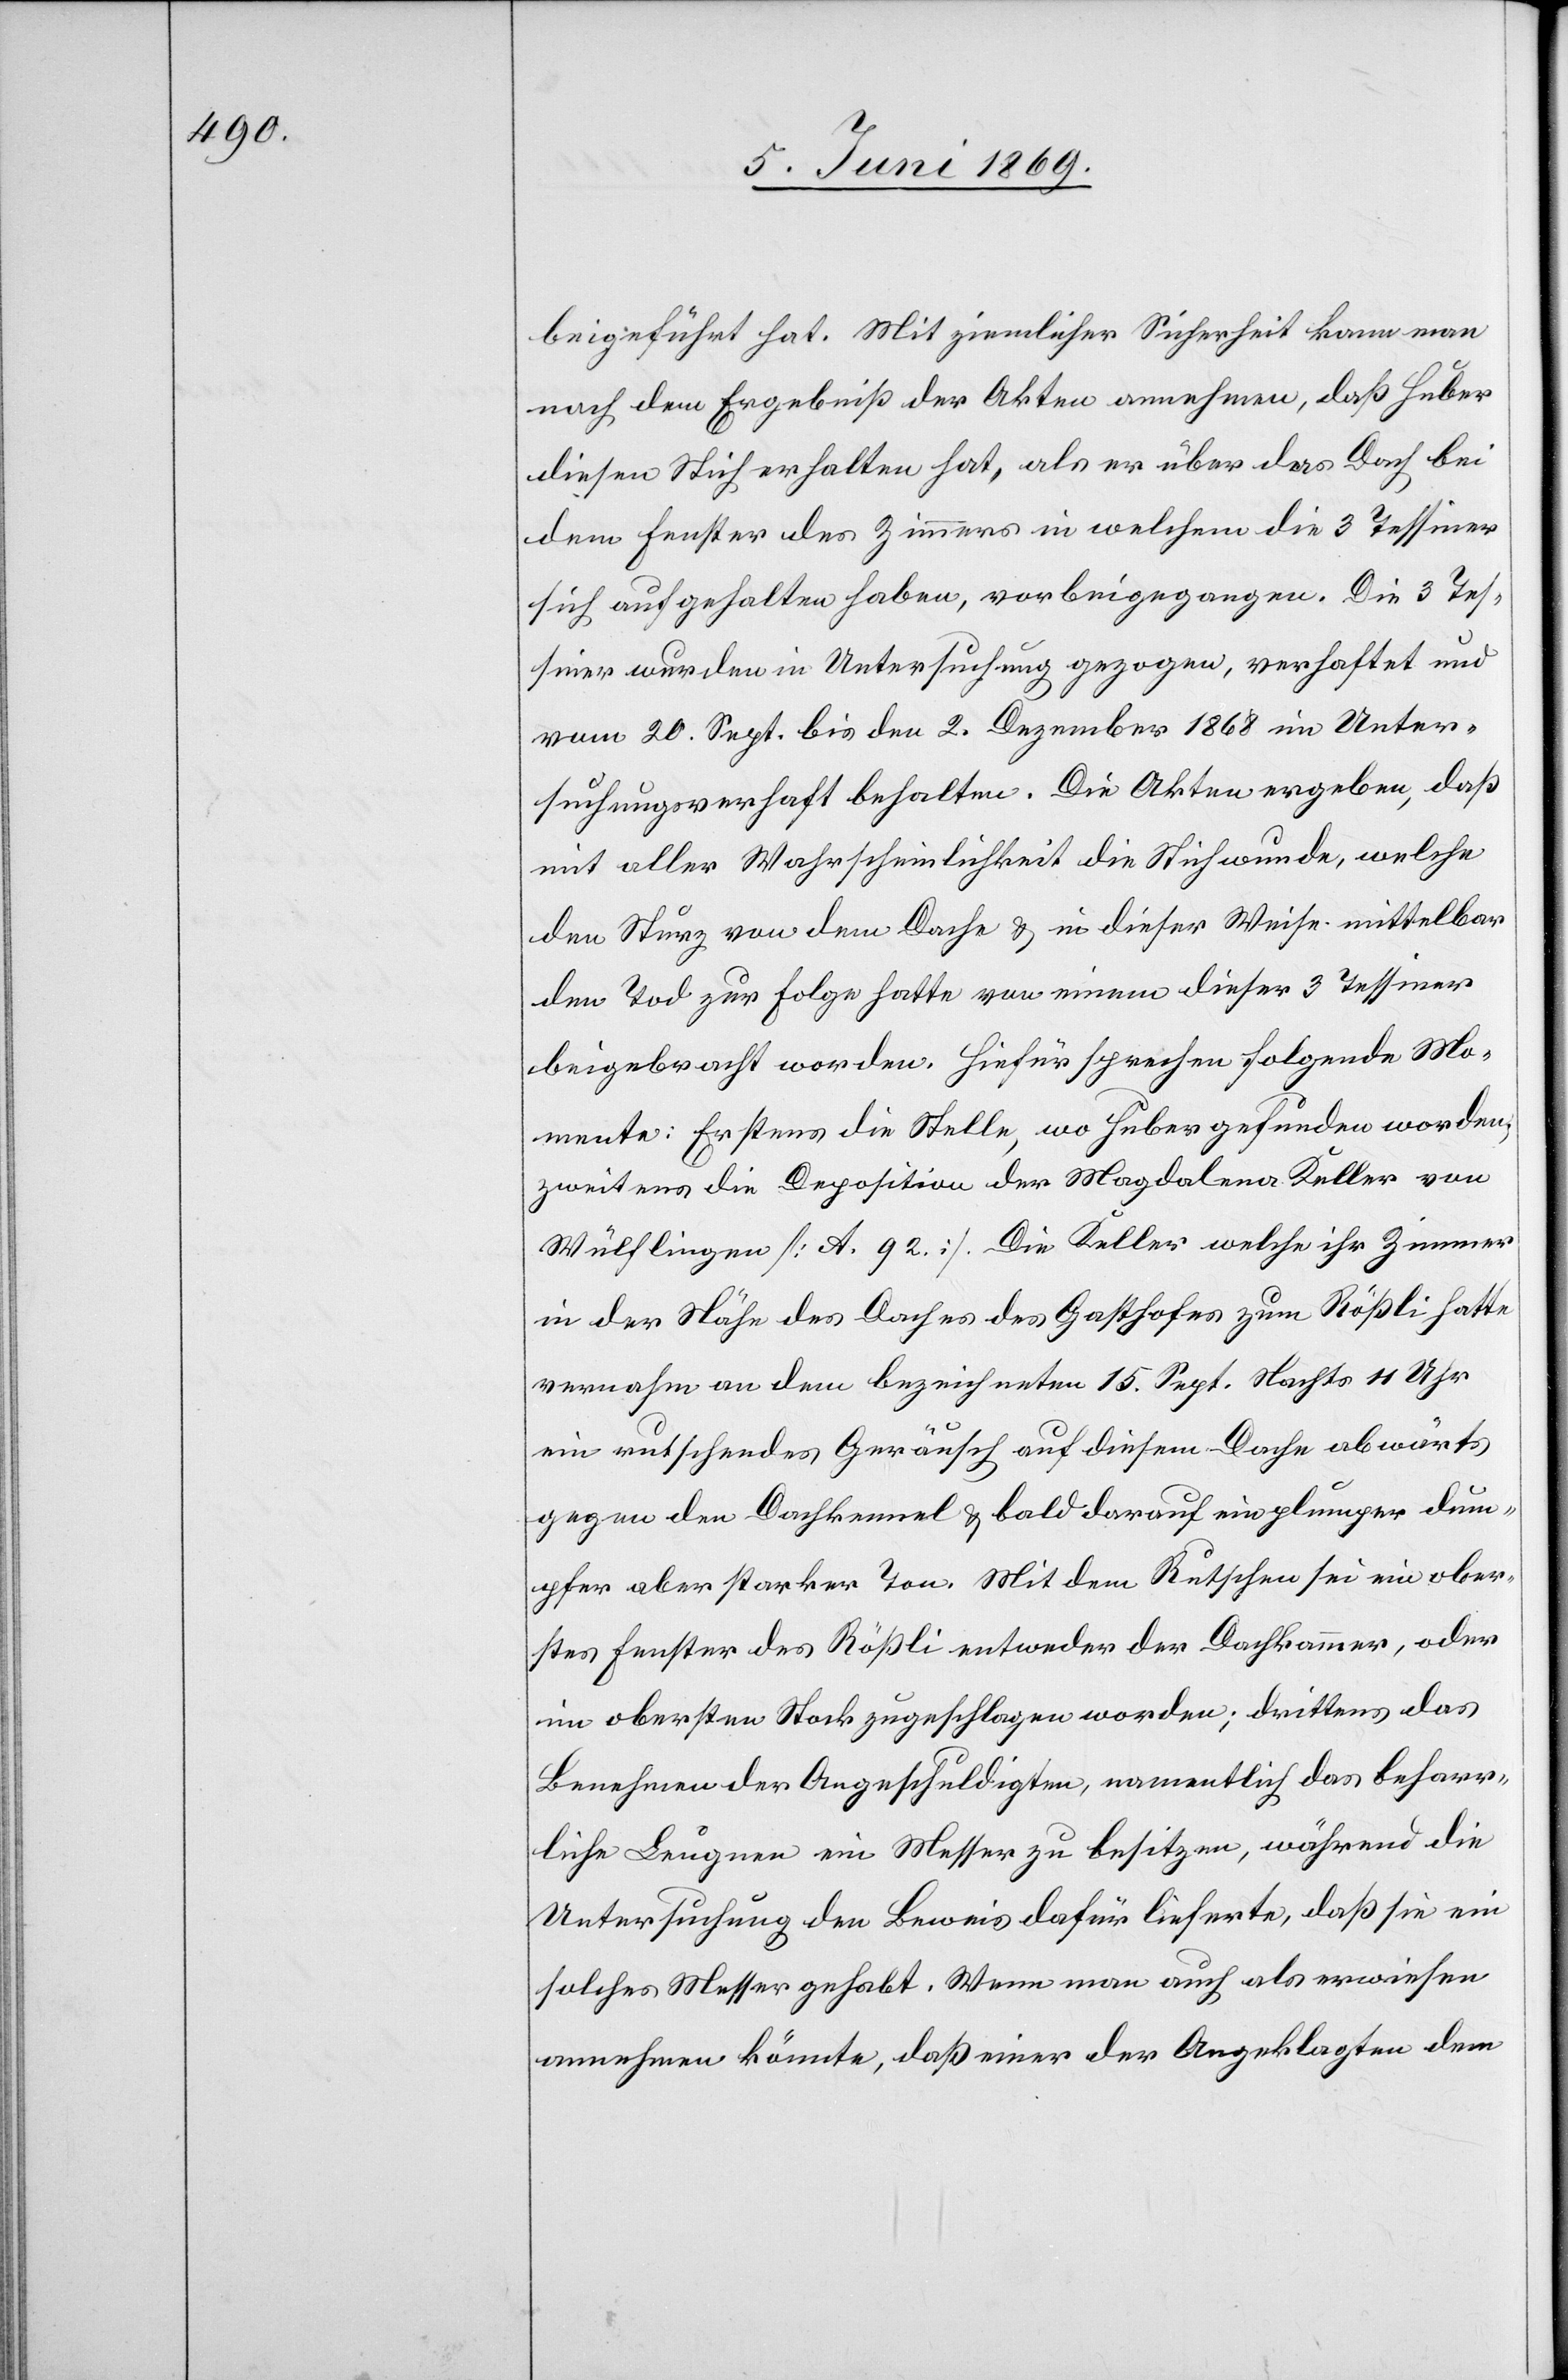
beigeführt hat. Mit ziemlicher Sicherheit kann man
nach dem Ergebniß der Akten annehmen, daß Huber
diesen Stich erhalten hat, als er über das Dach bei
dem Fenster des Zimmers in welchem die 3 Tessiner
sich aufgehalten haben, vorbeigegangen. Die 3 Tes¬
siner wurden in Untersuchung gezogen, verhaftet und
vom 20 Sept. bis den 2 Dezember 1868 im Unter¬
suchungsverhaft behalten. Die Akten ergeben, daß
mit aller Wahrscheinlichkeit die Stichwunde, welche
den Sturz von dem Dache u. in dieser Weise mittelbar
den Tod zur Folge hatte von einem dieser 3 Tessiner
beigebracht worden. Hiefür sprechen folgende Mo¬
mente: Erstens die Stelle, wo Huber gefunden worden,
zweitens die Deposition der Magdalena Keller von
Wülflingen [A. 92]. Die Keller welche ihr Zimmer
in der Nähe des Daches des Gasthofes zum Rößli hatte
vernahm an dem bezeichneten 15 Sept. Nachts 11 Uhr
ein rutschendes Geräusch auf diesem Dache abwärts
gegen den Dachkennel u. bald darauf ein plumper dum¬
pfer aber starker Ton. Mit dem Rutschen sei ein ober¬
stes Fenster des Rößli entweder der Dachkammer, oder
im obersten Stock zugeschlagen worden; drittens das
Benehmen der Angeschuldigten, namentlich das beharr¬
liche Leugnen ein Messer zu besitzen, während die
Untersuchung den Beweis dafür lieferte, daß sie ein
solches Messer gehabt. Wenn man auch als erwiesen
annehmen könnte, daß einer der Angeklagten dem